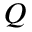
Q